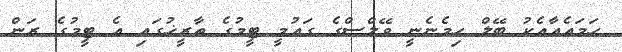
ހަމައެއާއެކު ބޭލް ހިމެނެނީ ވޭލްސްގެ ގައުމީ ޓީމުގެ ތާރީޚުގައި އެ ޓީމުގެ ރަން